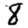
Digit: 8